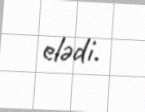
elədi.